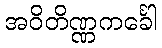
အဝိတိဏ္ဏကင်္ခေါ